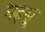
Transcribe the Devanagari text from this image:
महसू